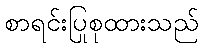
စာရင်းပြုစုထားသည်